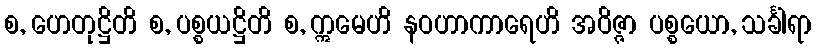
စ, ဟေတုဋ္ဌိတိ စ, ပစ္စယဋ္ဌိတိ စ, ဣမေဟိ နဝဟာကာရေဟိ အဝိဇ္ဇာ ပစ္စယော, သင်္ခါရာ